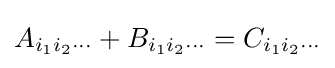
A_{i_{1}i_{2}\cdots }+B_{i_{1}i_{2}\cdots }=C_{i_{1}i_{2}\cdots }